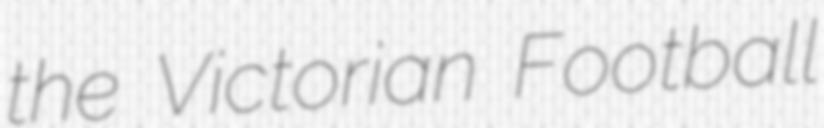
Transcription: the Victorian Football